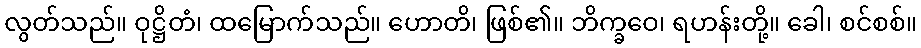
လွတ်သည်။ ဝုဋ္ဌိတံ၊ ထမြောက်သည်။ ဟောတိ၊ ဖြစ်၏။ ဘိက္ခဝေ၊ ရဟန်းတို့။ ခေါ၊ စင်စစ်။